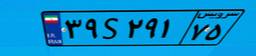
۳۹S۲۹۱۷۵